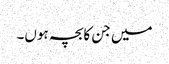
میں جن کابچہ ہوں۔